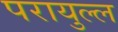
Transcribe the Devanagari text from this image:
परायुल्ल